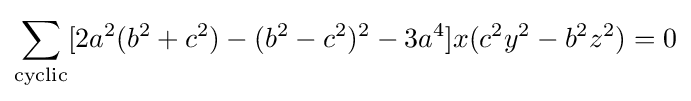
\sum _{\text{cyclic}}[2a^{2}(b^{2}+c^{2})-(b^{2}-c^{2})^{2}-3a^{4}]x(c^{2}y^{2}-b^{2}z^{2})=0